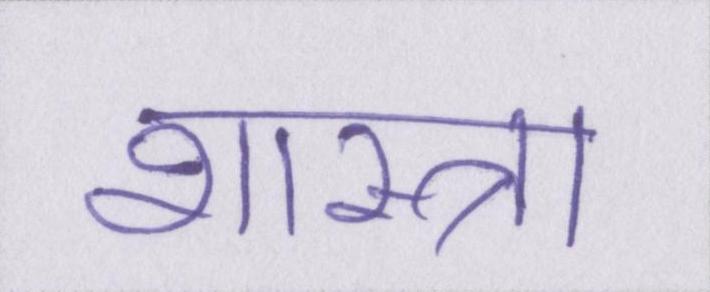
शास्त्रा